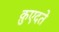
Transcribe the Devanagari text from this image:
क़ुएदते